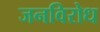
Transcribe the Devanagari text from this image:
जनविरोध